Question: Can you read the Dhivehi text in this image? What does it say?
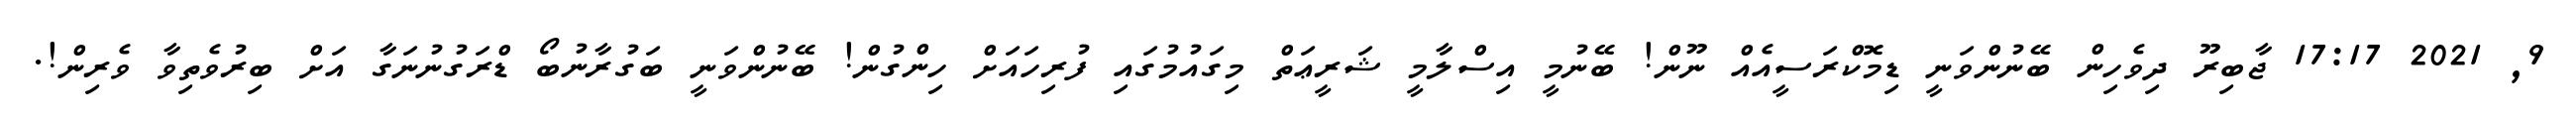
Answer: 9, 2021 17:17 ޖާބިރޫ ދިވެހިން ބޭނުންވަނީ ޑިމޮކްރަސީއެއް ނޫން! ބޭނުމީ އިސްލާމީ ޝަރީޢަތް މިގައުމުގައި ފުރިހައަށް ހިންގުން! ބޭނުންވަނީ ބަގުރާނުބޯ ޑްރަގުނުނަގާ އަށް ބިރުވެތިވާ ވެރިން!.